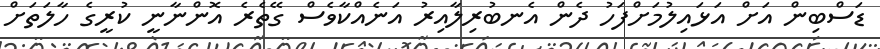
ޑަސްބިން އަށް އަޅައިލުމަށްފަހު ދެން އެނބުރިލާއިރު އަނެއްކާވެސް ގޭތެރެ އޮންނާނީ ކުރީގެ ހާލަތަށް